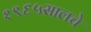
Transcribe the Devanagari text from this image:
१९६५सालचे